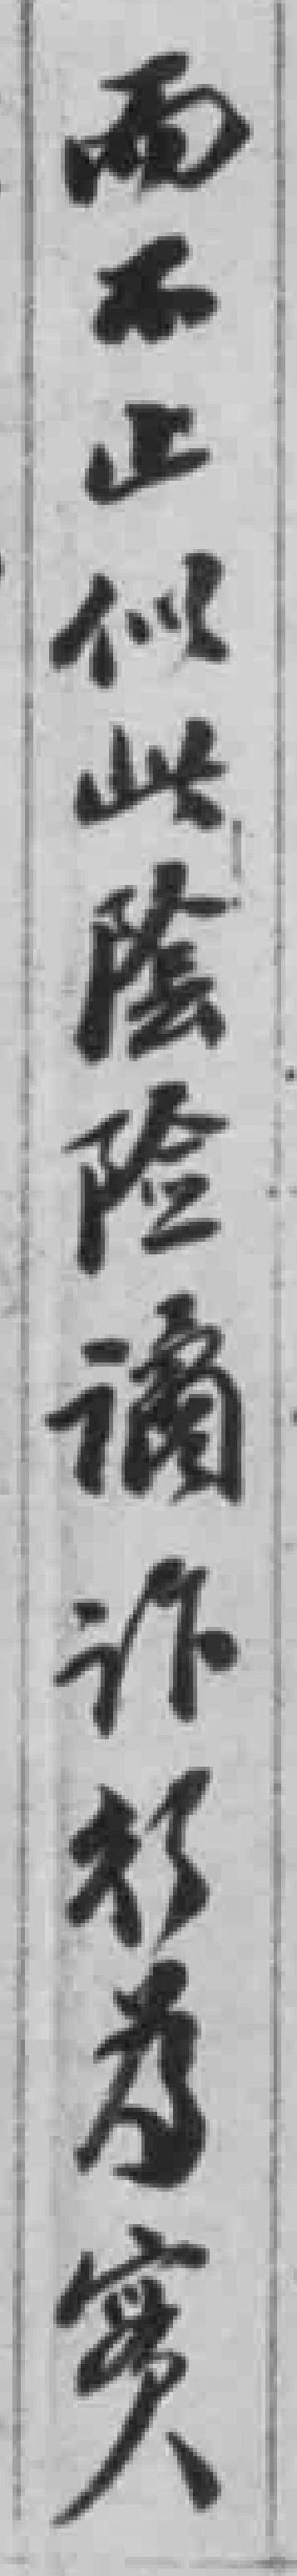
而不止似此陰险谲诈行为实